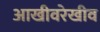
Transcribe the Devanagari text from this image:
आखीवरेखीव